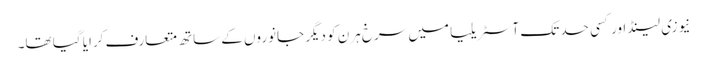
نیوزی لینڈ اور کسی حد تک آسٹریلیا میں سرخ ہرن کو دیگر جانوروں کے ساتھ متعارف کرایا گیا تھا۔